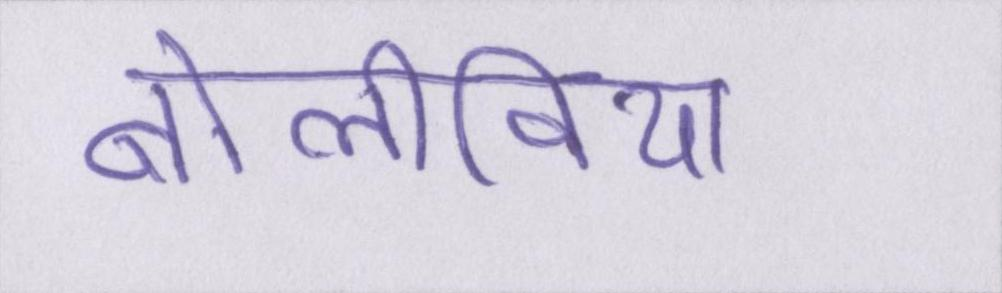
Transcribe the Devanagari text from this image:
बोलीविया